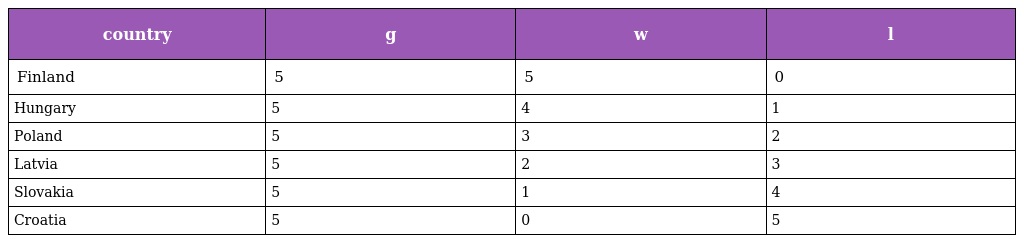
| country | g | w | l |
 | --- | --- | --- | --- |
 | Finland | 5 | 5 | 0 |
 | Hungary | 5 | 4 | 1 |
 | Poland | 5 | 3 | 2 |
 | Latvia | 5 | 2 | 3 |
 | Slovakia | 5 | 1 | 4 |
 | Croatia | 5 | 0 | 5 |